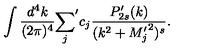
\int { \frac { d ^ { 4 } k } { ( 2 \pi ) ^ { 4 } } } { \sum _ { j } } ^ { \prime } c _ { j } { \frac { P _ { 2 s } ^ { \prime } ( k ) } { ( k ^ { 2 } + { M _ { j } ^ { \prime } } ^ { 2 } ) ^ { s } } } .